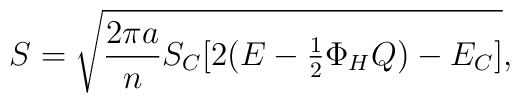
S=\sqrt{{{2\pi a}\over n}S_C[2(E-\textstyle{1\over 2}\Phi_HQ)-E_C]},